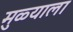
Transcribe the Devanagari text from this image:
मुळ्याला